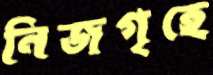
নিজগৃহে